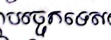
បច្ចេកទេស